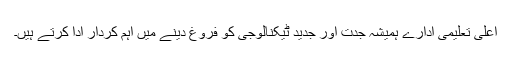
اعلیٰ تعلیمی ادارے ہمیشہ جدت اور جدید ٹیکنالوجی کو فروغ دینے میں اہم کردار ادا کرتے ہیں۔